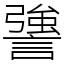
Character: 謽